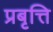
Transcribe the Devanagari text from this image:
प्रबृत्ति